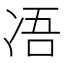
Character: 𠗐